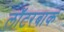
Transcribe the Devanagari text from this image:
लॉटरबाक